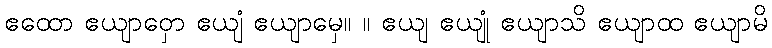
ဧထော ဧယျာဝှော ဧယျံ ဧယျာမှေ။ ။ ဧယျ ဧယျုံ ဧယျာသိ ဧယျာထ ဧယျာမိ